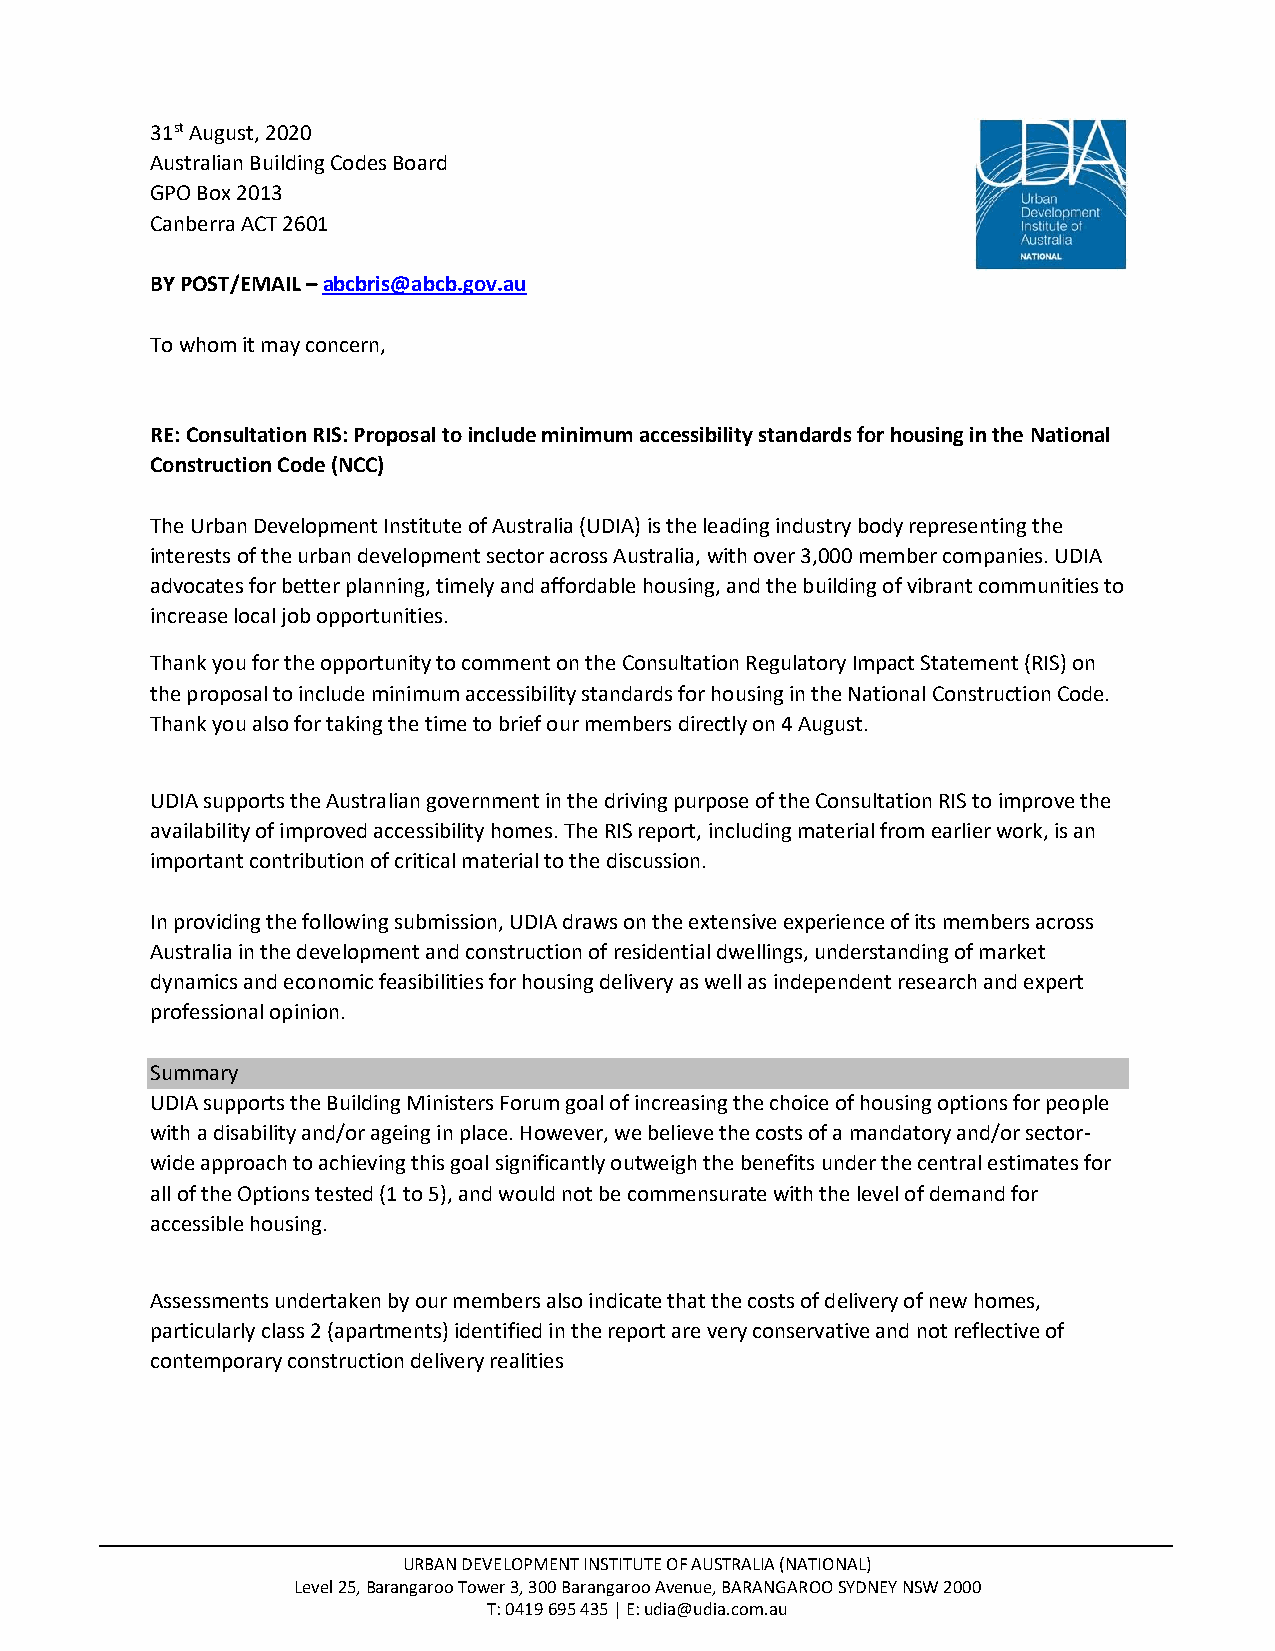
31st August, 2020
 Australian Building Codes Board
 GPO Box 2013
 Canberra ACT 2601
 BY POST/EMAIL – abcbris@abcb.gov.au
 To whom it may concern,
 RE: Consultation RIS: Proposal to include minimum accessibility standards for housing in the National
 Construction Code (NCC)
 The Urban Development Institute of Australia (UDIA) is the leading industry body representing the
 interests of the urban development sector across Australia, with over 3,000 member companies. UDIA
 advocates for better planning, timely and affordable housing, and the building of vibrant communities to
 increase local job opportunities.
 Thank you for the opportunity to comment on the Consultation Regulatory Impact Statement (RIS) on
 the proposal to include minimum accessibility standards for housing in the National Construction Code.
 Thank you also for taking the time to brief our members directly on 4 August.
 UDIA supports the Australian government in the driving purpose of the Consultation RIS to improve the
 availability of improved accessibility homes. The RIS report, including material from earlier work, is an
 important contribution of critical material to the discussion.
 In providing the following submission, UDIA draws on the extensive experience of its members across
 Australia in the development and construction of residential dwellings, understanding of market
 dynamics and economic feasibilities for housing delivery as well as independent research and expert
 professional opinion.
 Summary
 UDIA supports the Building Ministers Forum goal of increasing the choice of housing options for people
 with a disability and/or ageing in place. However, we believe the costs of a mandatory and/or sector-
 wide approach to achieving this goal significantly outweigh the benefits under the central estimates for
 all of the Options tested (1 to 5), and would not be commensurate with the level of demand for
 accessible housing.
 Assessments undertaken by our members also indicate that the costs of delivery of new homes,
 particularly class 2 (apartments) identified in the report are very conservative and not reflective of
 contemporary construction delivery realities
 URBAN DEVELOPMENT INSTITUTE OF AUSTRALIA (NATIONAL)
 Level 25, Barangaroo Tower 3, 300 Barangaroo Avenue, BARANGAROO SYDNEY NSW 2000
 T: 0419 695 435 | E: udia@udia.com.au